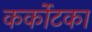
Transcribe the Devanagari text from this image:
कर्कोटका